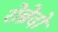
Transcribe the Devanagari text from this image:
रोब्रेदो